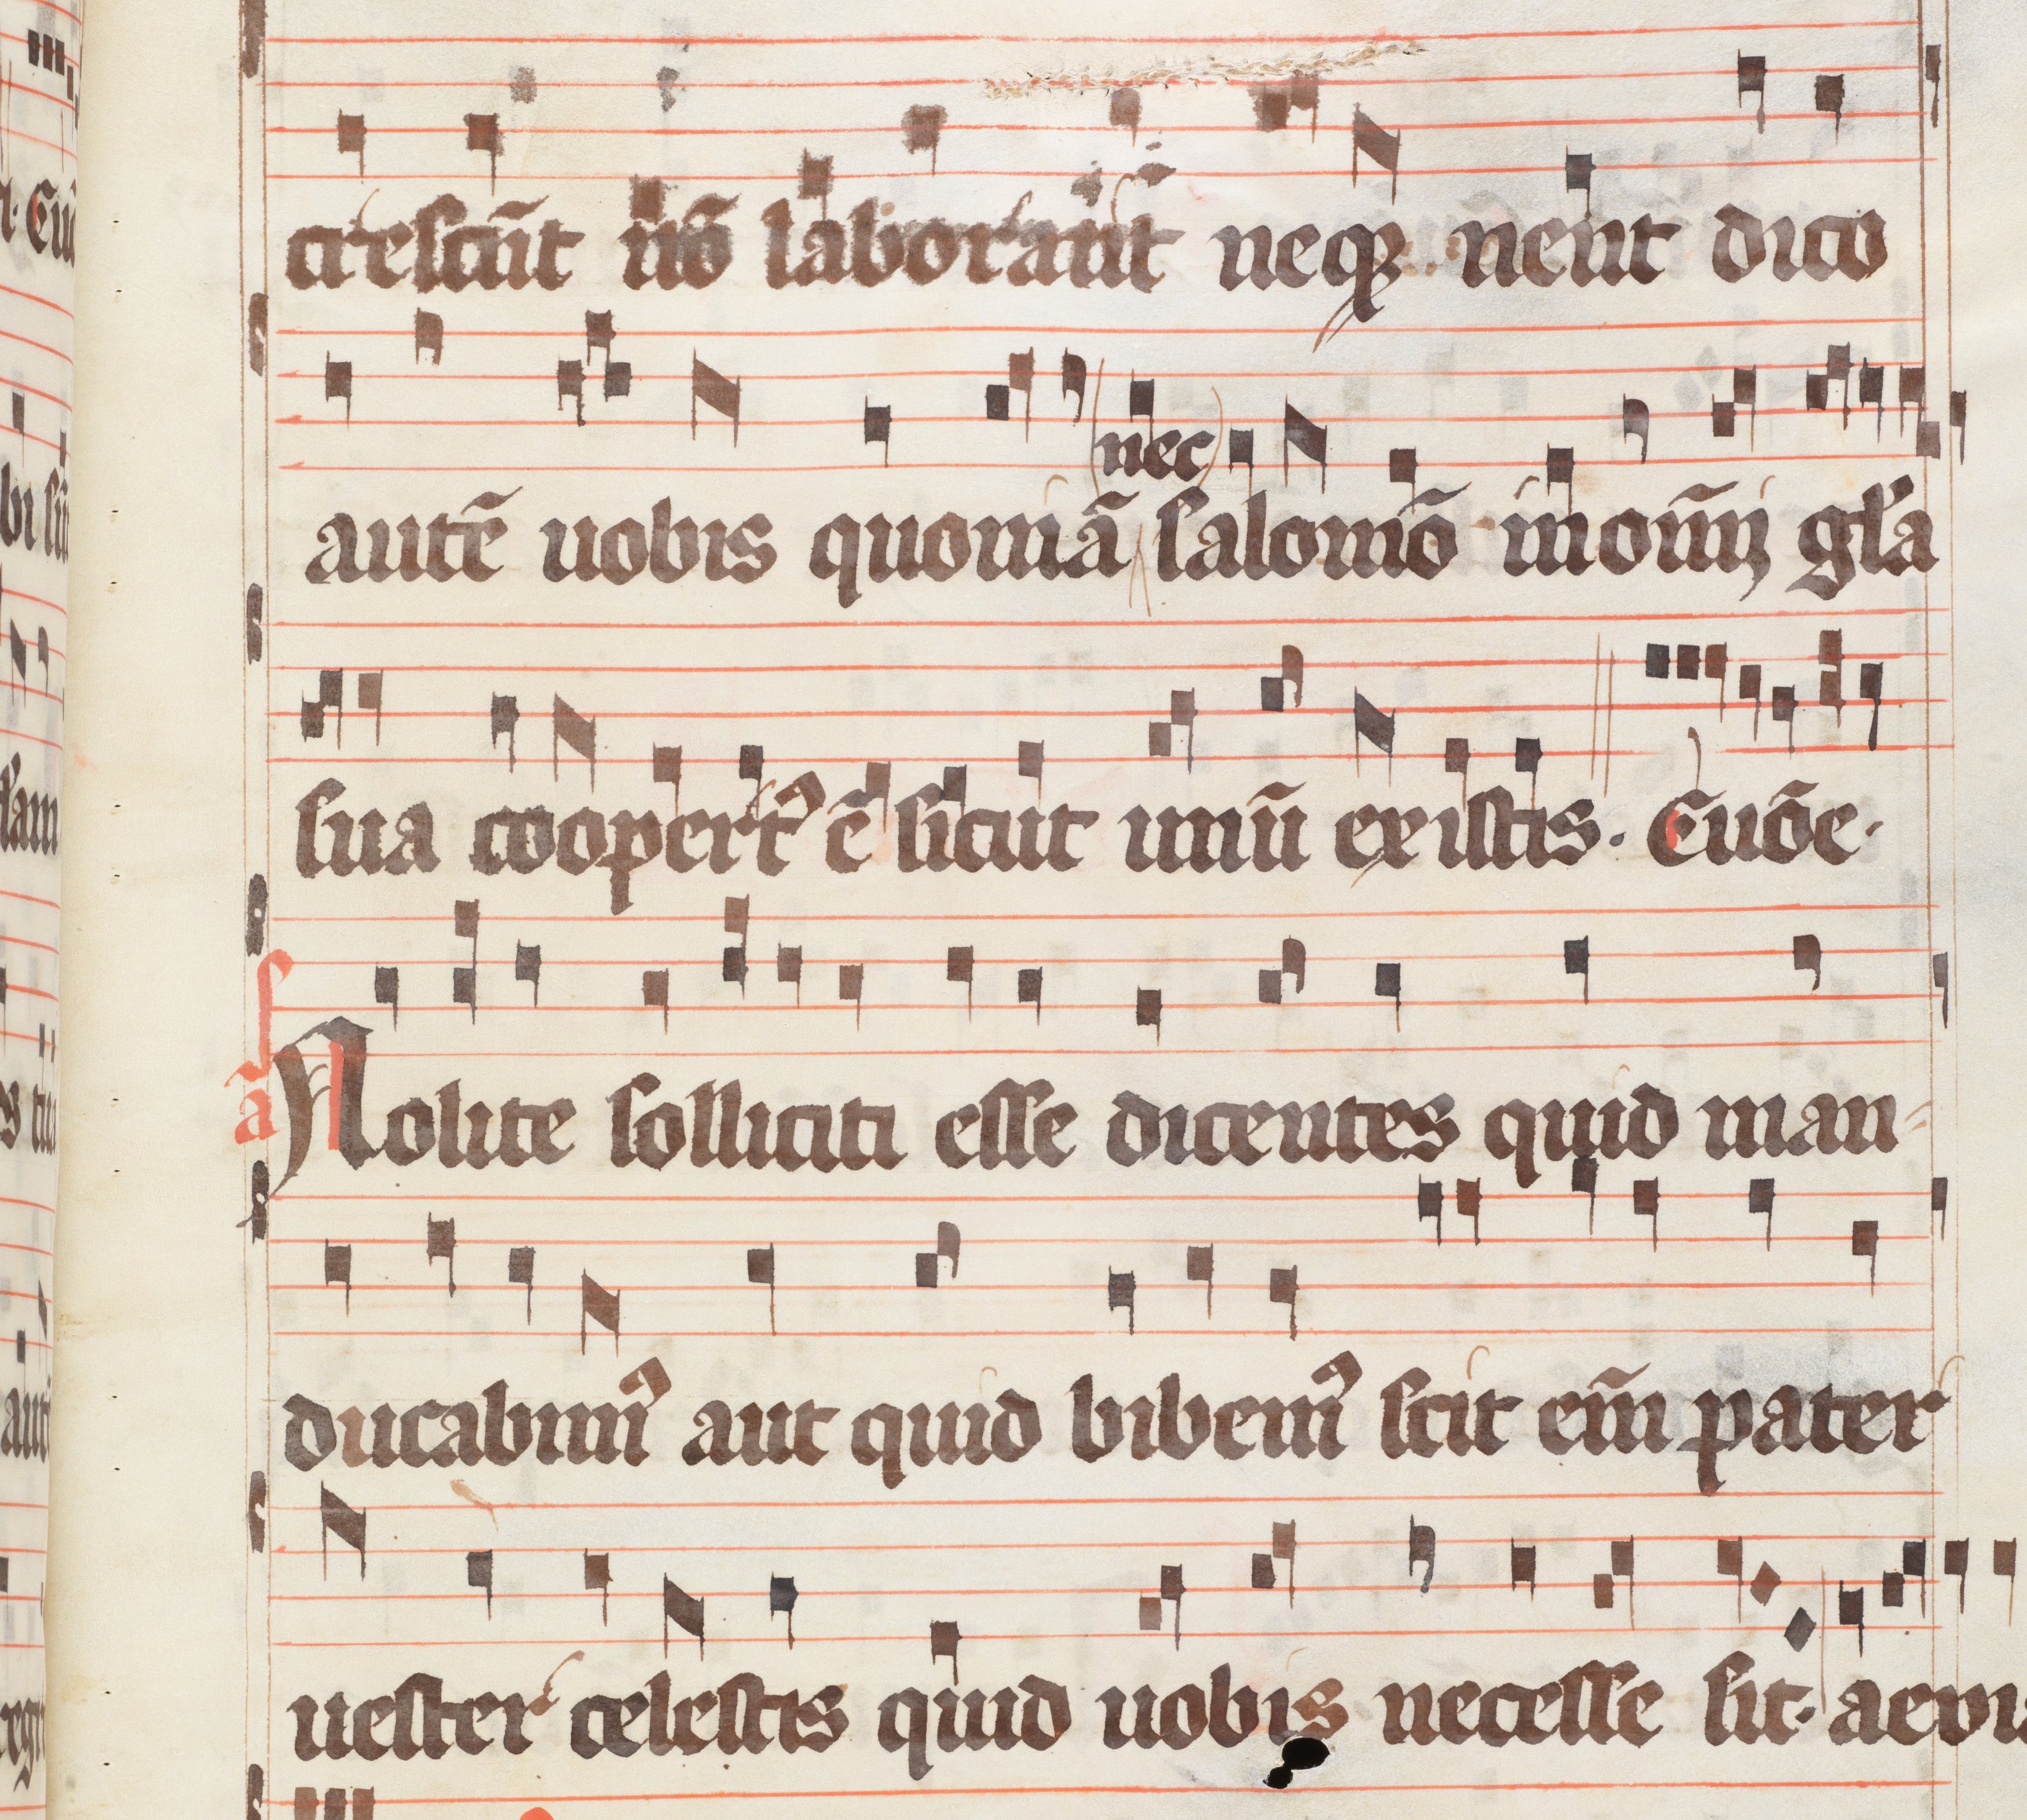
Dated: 1300–1399